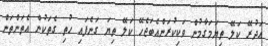
އަދުރޭ ކަލޭ ތިޔަމަގާމުން ވަކިކުރަންއެބަޖެހޭ ކަލޭ ތިޔަ ގަނެފައި ހުތި ގެތަކުން އެތަންތަން